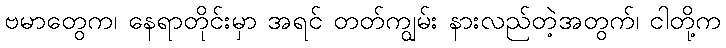
ဗမာတွေက၊ နေရာတိုင်းမှာ အရင် တတ်ကျွမ်း နားလည်တဲ့အတွက်၊ ငါတို့က